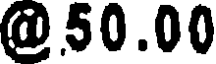
@50.00